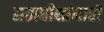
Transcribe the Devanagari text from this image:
सत्ताधीशांनाही